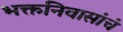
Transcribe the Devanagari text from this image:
भक्तनिवासांचं